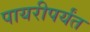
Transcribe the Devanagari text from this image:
पायरीपर्यंत